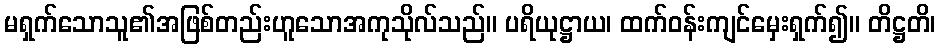
မရှက်သောသူ၏အဖြစ်တည်းဟူသောအကုသိုလ်သည်။ ပရိယုဋ္ဌာယ၊ ထက်ဝန်းကျင်မှေးရှက်၍။ တိဋ္ဌတိ၊